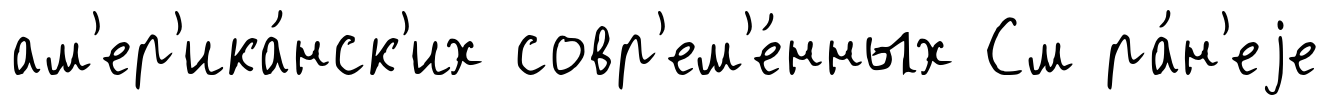
ам'ер'ика́нск'их совр'ем'е́нных См ра́н'еjе